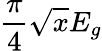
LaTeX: \frac{\pi}{4}\sqrt{x}E_{g}